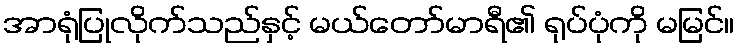
အာရုံပြုလိုက်သည်နှင့် မယ်တော်မာရီ၏ ရုပ်ပုံကို မမြင်။